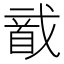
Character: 𱄌